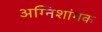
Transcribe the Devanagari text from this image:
अग्निशांमक